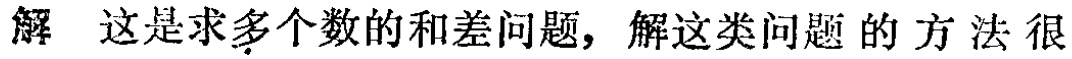
解 这是求多个数的和差问题, 解这类问题的方法很